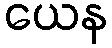
ယေန